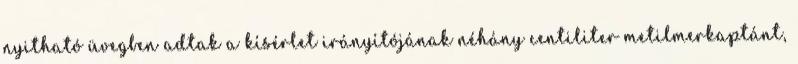
nyitható üvegben adtak a kísérlet irányítójának néhány centiliter metilmerkaptánt,